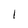
Character: l